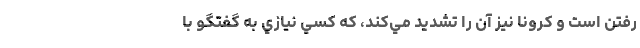
رفتن است و كرونا نيز آن را تشديد مي‌كند، كه كسي نيازي به گفتگو با